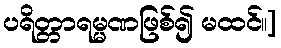
ပရိတ္တာရမ္မဏဖြစ်၍ မထင်။]